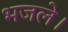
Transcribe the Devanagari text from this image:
भजले।